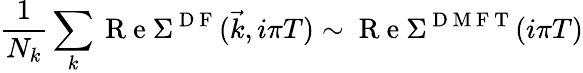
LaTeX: \frac{1}{N_{k}}\sum_{k}\mathrm{~R~e~}\Sigma^{\mathrm{~D~F~}}(\vec{k},i\pi T)\sim\mathrm{~R~e~}\Sigma^{\mathrm{~D~M~F~T~}}(i\pi T)